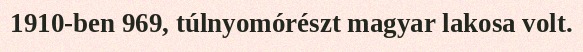
1910-ben 969, túlnyomórészt magyar lakosa volt.